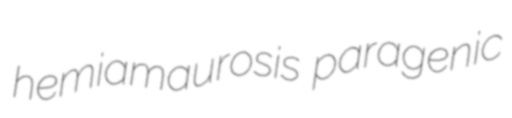
hemiamaurosis paragenic